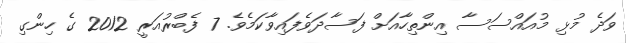
ވަދެ މުޅި މުއައްސަސާ އިންތިހާއަށް ފަސާދަވެފައިވާކަމެވެ. 7 ފެބްރުއަރީ 2012 ގެ ހިންގި